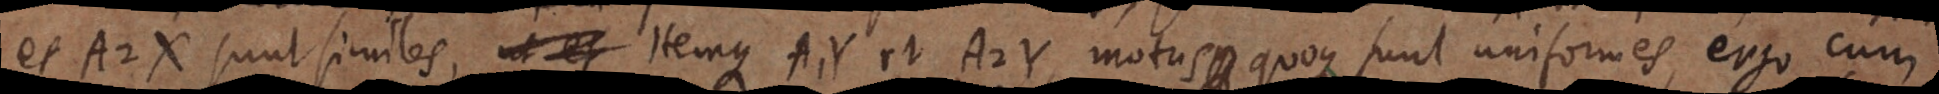
et A2X sunt similes, ut et Hemque A, Y et A2Y motus quoque sunt uniformes, ergo cum